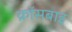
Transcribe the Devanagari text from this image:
क्रॉसबाइ